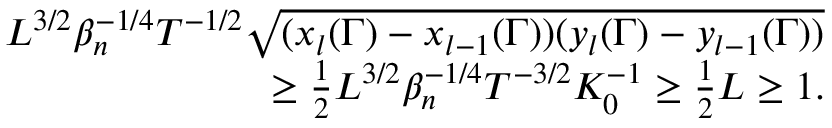
\begin{array} { r l r } & { } & { L ^ { 3 \slash 2 } \beta _ { n } ^ { - 1 \slash 4 } T ^ { - 1 \slash 2 } \sqrt { ( x _ { l } ( \Gamma ) - x _ { l - 1 } ( \Gamma ) ) ( y _ { l } ( \Gamma ) - y _ { l - 1 } ( \Gamma ) ) } } \\ & { } & { \geq \frac { 1 } { 2 } L ^ { 3 \slash 2 } \beta _ { n } ^ { - 1 \slash 4 } T ^ { - 3 \slash 2 } K _ { 0 } ^ { - 1 } \geq \frac { 1 } { 2 } L \geq 1 . } \end{array}